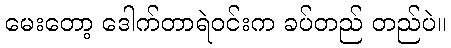
မေးတော့ ဒေါက်တာရဲဝင်းက ခပ်တည် တည်ပဲ။